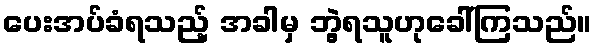
ပေးအပ်ခံရသည့် အခါမှ ဘွဲ့ရသူဟုခေါ်ကြသည်။